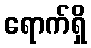
ရောက်ရှိ